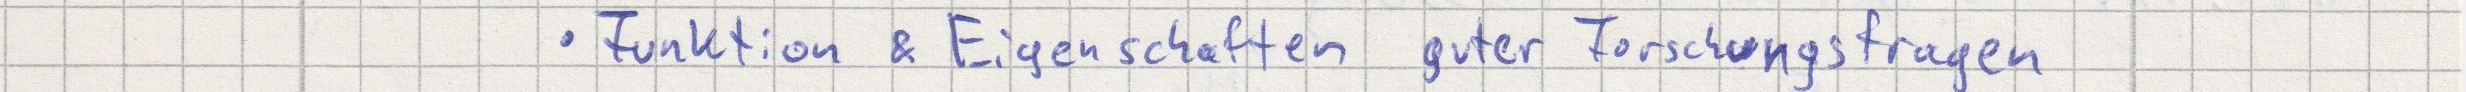
- Funktion & Eigenschaften guter Forschungsfragen